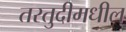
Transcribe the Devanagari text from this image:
तरतुदीमधील